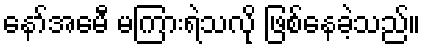
နော်အေမီ မကြားရဲသလို ဖြစ်နေခဲ့သည်။